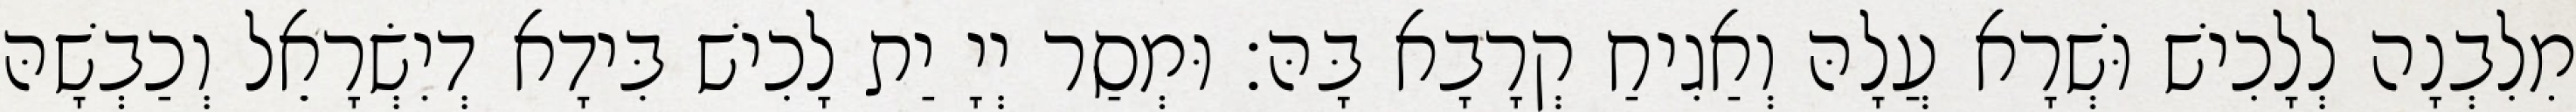
מִלִבְנָה לְלָכִישׁ וּשְׁרָא עֲלָהּ וְאַגִיחַ קְרָבָא בָּהּ׃ וּמְסַר יְיָ יַת לָכִישׁ בִּידָא דְיִשְׂרָאֵל וְכַבְשָׁהּ